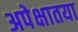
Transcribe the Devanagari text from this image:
अपेक्षातया